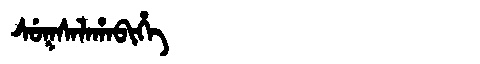
Manchu: ᠰᡠᡴᠰᠠᠯᠠᡥᠠᠪᡳᡥᡝ
Romanization: SUKSALAHABIHE